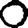
Digit: 0